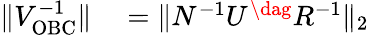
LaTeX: \begin{array}{rl}{\| V_{\mathrm{OBC}}^{-1}\| }&{{}=\| N^{-1}U^{\dag}R^{-1}\| _{2}}\end{array}